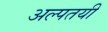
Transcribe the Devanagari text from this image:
अल्पतयी